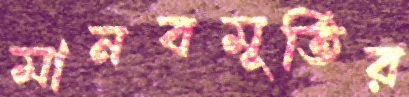
মানবমূর্তির